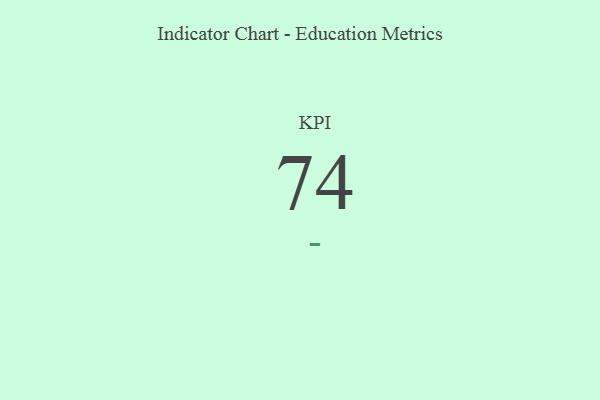
{"axis": {"x": "KPI", "y": "Value"}, "legend": [""], "data": [{"x": "KPI", "y": 74, "type": ""}]}